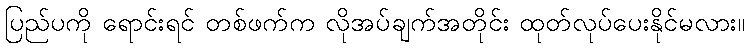
ပြည်ပကို ရောင်းရင် တစ်ဖက်က လိုအပ်ချက်အတိုင်း ထုတ်လုပ်ပေးနိုင်မလား။